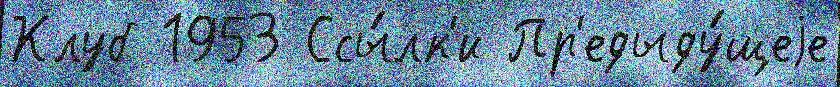
Клуб 1953 Ссы́лк'и Пр'едыду́щеjе